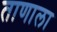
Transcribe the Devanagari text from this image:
ताणाला